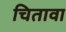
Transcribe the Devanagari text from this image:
चितावा